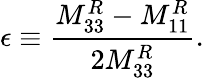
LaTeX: \epsilon\equiv\frac{M_{33}^{R}-M_{11}^{R}}{2M_{33}^{R}}.